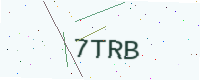
Text: 7TRB